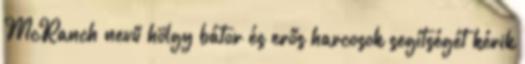
McRanch nevű hölgy bátor és erős harcosok segítségét kérik